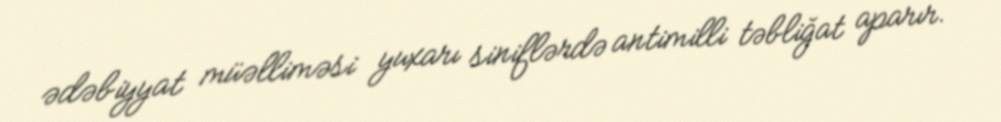
ədəbiyyat müəlliməsi yuxarı siniflərdə antimilli təbliğat aparır.